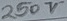
Text: 250V